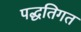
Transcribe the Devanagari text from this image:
पद्धतिगत